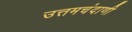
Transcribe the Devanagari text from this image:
उत्तमचंदाणी